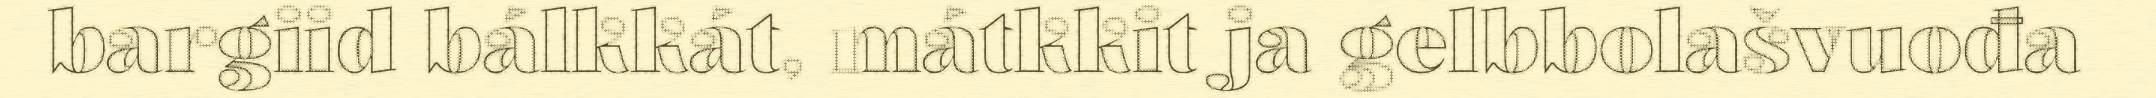
bargiid bálkkát, mátkkit ja gelbbolašvuođa